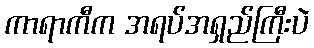
ကာရာကီက အရပ်အရှည်ကြီးပဲ